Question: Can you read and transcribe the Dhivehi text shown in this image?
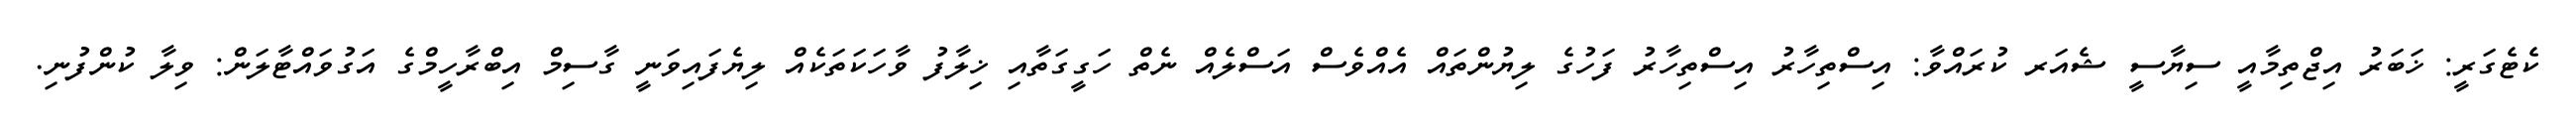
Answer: ކެޓެގަރީ: ޚަބަރު އިޖްތިމާއީ ސިޔާސީ ޝެއަރ ކުރައްވާ: އިސްތިހާރު އިސްތިހާރު ފަހުގެ ލިޔުންތައް އެއްވެސް އަސްލެއް ނެތް ހަގީގަތާއި ޚިލާފު ވާހަކަތަކެއް ލިޔެފައިވަނީ ގާސިމް އިބްރާހީމްގެ އަގުވައްޓާލަން: ވިލާ ކުންފުނި.